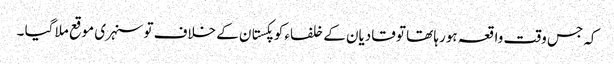
کہ جس وقت واقعہ ہورہا تھا تو قادیان کے خلفاء کو پکستان کے خلاف تو سنہری موقع ملا گیا ۔